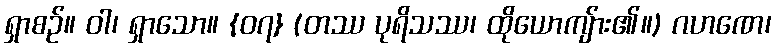
ရှာစဉ်။ ဝါ၊ ရှာသော။ {၀၇} (တဿ ပုရိသဿ၊ ထိုယောကျ်ား၏။) ဂဟဏေ၊